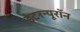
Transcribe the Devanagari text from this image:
इंटरन्यूरॉन